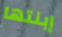
إبنتها